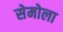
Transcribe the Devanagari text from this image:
सेमोला